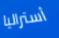
أستراليا